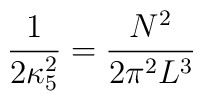
\frac{1}{2\kappa_5^2} = \frac{N^2}{2\pi^2 L^3}